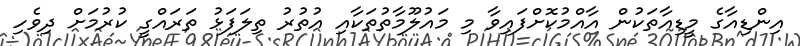
އިންޑިއާގެ މީޑިއާތަކުން އާއްމުކޮށްފައިވާ މި މައުލޫމާތުތަކާއި އުތުރު ތިލަފަޅު ތަރައްގީ ކުރުމަށް ދިވެހި